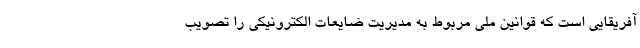
آفریقایی است که قوانین ملی مربوط به مدیریت ضایعات الکترونیکی را تصویب